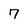
Character: 7